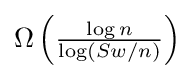
\Omega \left({\tfrac {\log n}{\log(Sw/n)}}\right)